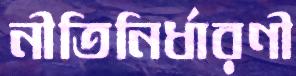
নীতিনির্ধারণী